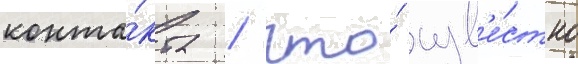
конта́кта / что́ изв'е́стно